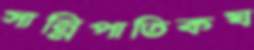
সান্নিপাতিকঘ